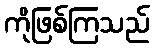
ကိုဖြစ်ကြသည်